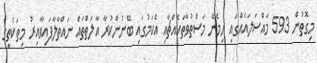
މިގޮތުން 593 މައްސަލައެއްގައި ހިމެނޭ މަސްތުވާތަކެއްޗާއި އެކަމުގައި ބޭނުންކުރާ އާލަތްތައް ނައްތާލާފައިވާއިރު މިތަކެތީގެ